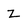
Character: z